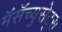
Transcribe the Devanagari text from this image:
मॅसॅच्युसेट्‌स